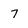
Character: 7